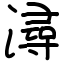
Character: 潯